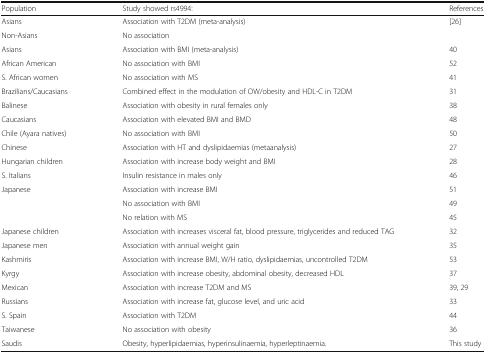
| Population | Study showed rs4994: | References |
 | --- | --- | --- |
 | Asians | Association with T2DM (meta-analysis) | <ROWSPAN=2> [26] |
 | Non-Asians | No association |
 | Asians | Association with BMI (meta-analysis) | 40 |
 | African American | No association with BMI | 52 |
 | S. African women | No association with MS | 41 |
 | Brazilians/Caucasians | Combined effect in the modulation of OW/obesity and HDL-C in T2DM | 31 |
 | Balinese | Association with obesity in rural females only | 38 |
 | Caucasians | Association with elevated BMI and BMD | 48 |
 | Chile (Ayara natives) | No association with BMI | 50 |
 | Chinese | Association with HT and dyslipidaemias (metaanalysis) | 27 |
 | Hungarian children | Association with increase body weight and BMI | 28 |
 | S. Italians | Insulin resistance in males only | 46 |
 | <ROWSPAN=3> Japanese | Association with increase BMI | 51 |
 | No association with BMI | 49 |
 | No relation with MS | 45 |
 | Japanese children | Association with increases visceral fat, blood pressure, triglycerides and reduced TAG | 32 |
 | Japanese men | Association with annual weight gain | 35 |
 | Kashmiris | Association with increase BMI, W/H ratio, dyslipidaemias, uncontrolled T2DM | 53 |
 | Kyrgy | Association with increase obesity, abdominal obesity, decreased HDL | 37 |
 | Mexican | Association with increase T2DM and MS | 39, 29 |
 | Russians | Association with increase fat, glucose level, and uric acid | 33 |
 | S. Spain | Association with T2DM | 44 |
 | Taiwanese | No association with obesity | 36 |
 | Saudis | Obesity, hyperlipidaemias, hyperinsulinaemia, hyperleptinaemia. | This study |